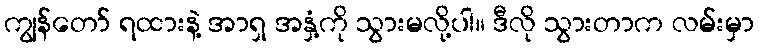
ကျွန်တော် ရထားနဲ့ အာရှ အနှံ့ကို သွားမလို့ပါ။ ဒီလို သွားတာက လမ်းမှာ